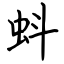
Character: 蚪